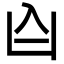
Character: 𪞶